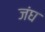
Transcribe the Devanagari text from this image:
जंघ